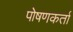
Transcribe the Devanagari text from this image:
पोषणकर्ता